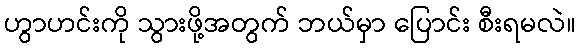
ဟွာဟင်းကို သွားဖို့အတွက် ဘယ်မှာ ပြောင်း စီးရမလဲ။